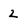
Character: 2